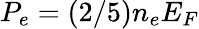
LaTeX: P_{e}=(2/5)n_{e}E_{F}